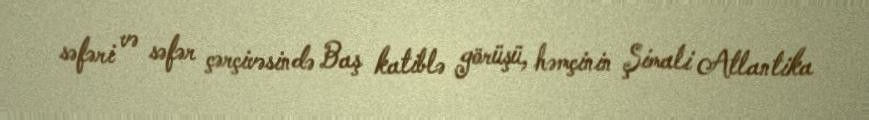
səfəri və səfər çərçivəsində Baş katiblə görüşü, həmçinin Şimali Atlantika